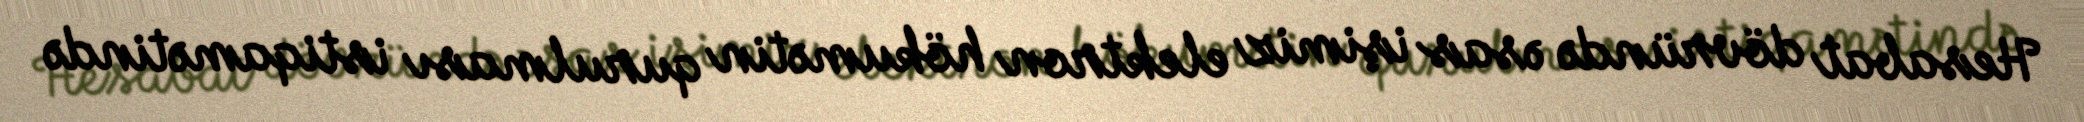
Hesabat dövründə əsas işimiz elektron hökumətin qurulması istiqamətində